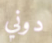
دوني